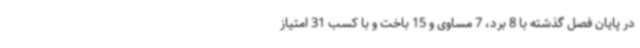
در پایان فصل گذشته با 8 برد، 7 مساوی و 15 باخت و با کسب 31 امتیاز